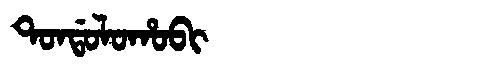
Manchu: ᡨᠣᠨᡩᠣᠯᠣᡥᠣᠪᡳ
Romanization: TONDOLOHOBI